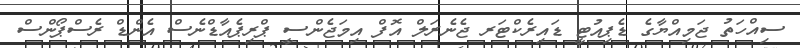
ސިއްހަތު ޖަމިއްޔާގެ ޑެޕިއުޓީ ޑައިރެކްޓަރ ޖެނެރަލް އޮފް އިމަޖެންސީ ޕްރިޕެއާޑްނެސް އެންޑް ރެސްޕޯންސް